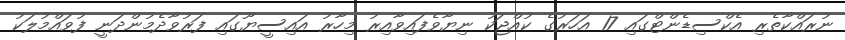
ނުރައްކާތެރި އެކްސިޑެންޓްގައި 17 އަހަރުގެ ކުއްޖަކު ނިޔާވެފައިވާއިރު މިހާރު އައިސީޔޫގައި ފަރުވާދެމުންދަނީ ފުވައްމުލަކު